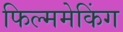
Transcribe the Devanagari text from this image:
फिल्ममेकिंग